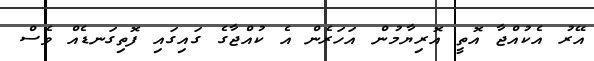
އޭރު އެކުއްޖާ އޮތީ އޮރިޔާމުން އަހަރެން އެ ކުއްޖާގެ ގައިގައި ފޮތިގަނޑެއް ވެސް